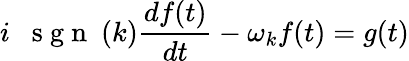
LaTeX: i\; \mathrm{~\mathrm{~s~g~n~}~}(k)\frac{df(t)}{dt}-\omega_{k}f(t)=g(t)